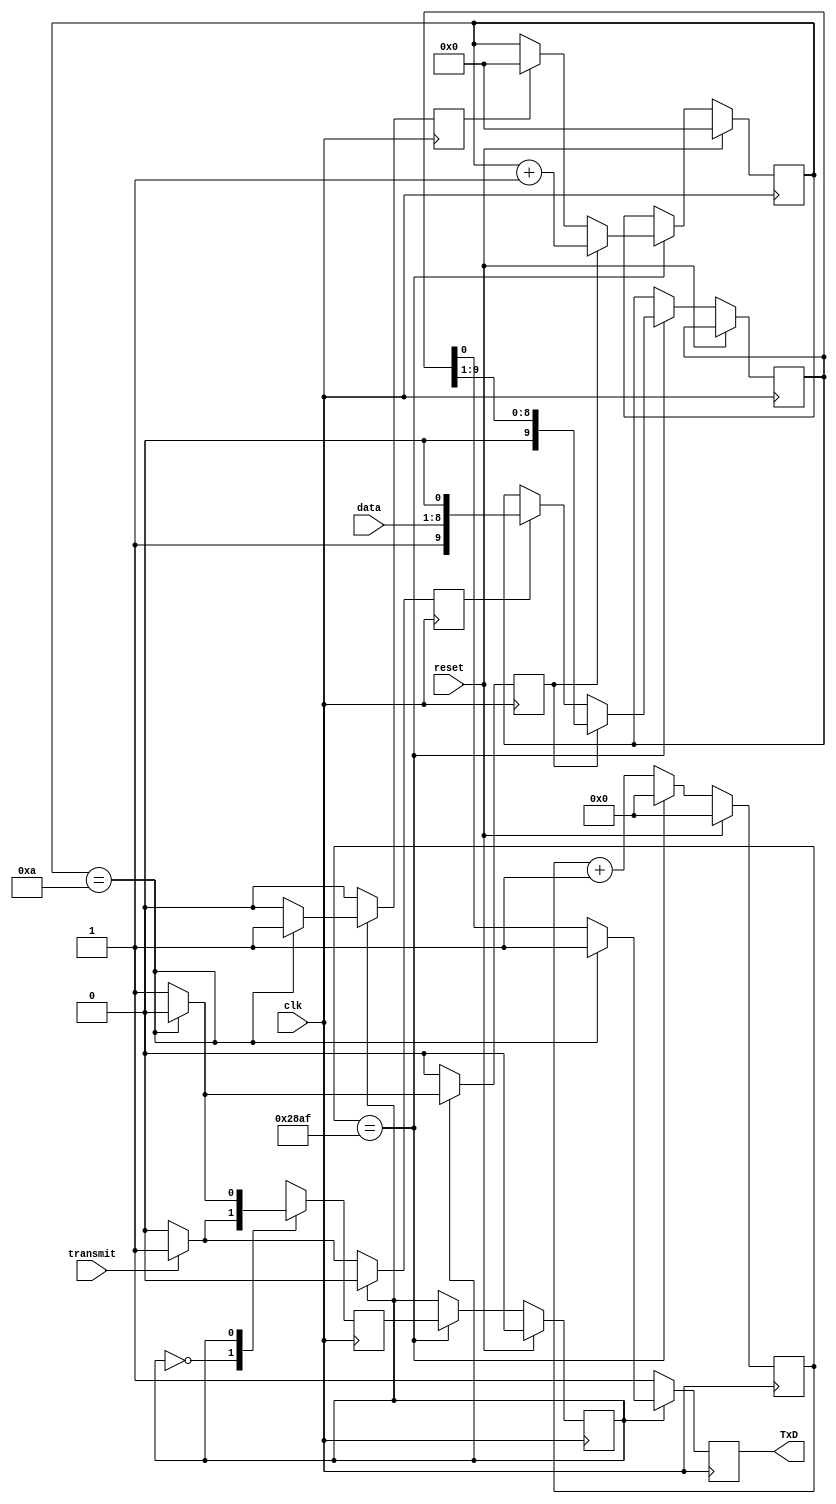
`timescale 1ns / 1ps
//////////////////////////////////////////////////////////////////////////////////
// Company: 
// Engineer: 
// 
// Design Name: 
// Module Name: Transmitter
// Project Name: 
// Target Devices: 
// Tool Versions: 
// Description: 
// 
// Dependencies: 
// 
// Revision:
// Revision 0.01 - File Created
// Additional Comments:
// 
//////////////////////////////////////////////////////////////////////////////////


module Transmitter(
    input clk,
    input [7:0] data,
    input transmit,
    input reset,
    output reg TxD
    );
    
    //internal variables
    
    reg [3:0] bit_counter;//Counter to count the 10 bits
    reg [13:0] baudrate_counter; //10,415, counter=clock(100 Mhz) / BR (9600)
    reg [9:0] shiftright_register; //10 bits that will be serially transmitted through UART to the Basys 3 Board
    reg state, next_state; //idle mode and transmitting mode
    reg shift; //shift signal to start shifting the bits in the UART
    reg load;// load signal to start loading the data into the shiftright register, and add start and stop bits
    reg clear;//reset the bit_counter for UART transmission
    
    //UART transmission
    
    always @(posedge clk)
    begin
    if (reset)
    begin
    state<=0; //state is idle
    bit_counter<=0; //counter for bit transmission is reset to 0
    baudrate_counter<=0;
    end
    else begin
    baudrate_counter<=baudrate_counter+1;
    if (baudrate_counter==10415)
    begin
    state<=next_state; //state changes from idle to transmitting
    baudrate_counter<=0;//resetting counter
    if (load) //if load is asserted
    shiftright_register<={1'b1, data,1'b0};//the data is loaded into the register, 10-bits
    if (clear)//if clear is asserted
    bit_counter<=0;
    if (shift)//if shift signal is asserted
    begin
    shiftright_register<=shiftright_register>>1;//start shifting the data and transmitting bit by bit
    bit_counter<=bit_counter+1;
    end
    end
    end
    end
    //Mealy Machine, State Machine
    always @(posedge clk)
    begin
    load<=0; //setting load equal to 0
    shift<=0; //initially 0
    clear<=0; //initially 0
    TxD<=1; //when set to 1, there is no transmission in progress
    
    case(state) //idle state
    0: begin
    if (transmit) //transmit button is pressed
    begin 
    next_state<=1; //it moves/swtcihes to transmission state
    load<=1; //start loading the bits
    shift<=0; //no shift at this point;
    clear<=0; // to avoid any clearing of any counter
    end

    else begin //if transmit button is not asserted/pressed
    next_state<=0; //stays at the idle mode
    TxD<=1; //no transmission
    end
    end
    
    1: begin //transmitting state
    if (bit_counter==10)
    begin
    next_state<=0; //it should switch from transmission mode to idle mode
    clear<=1; //clear all the counters
   end
    else begin
    next_state<=1; //stay in the transmit state
    TxD<=shiftright_register[0];
    shift<=1;//continue shifting the data, new bit arrives at the RMB
    end
    end
    default: next_state<=0;
    endcase
          
     end
endmodule